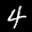
Label: 4